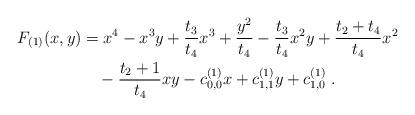
LaTeX: \begin{align*}\begin{aligned}F_{(1)}(x,y)&=x^4-x^3y+\frac{t_3}{t_4}x^3+\frac{y^2}{t_4}-\frac{t_3}{t_4}x^2y+\frac{t_2+t_4}{t_4}x^2\\&\quad-\frac{t_2+1}{t_4}xy-c^{(1)}_{0,0}x+ c^{(1)}_{1,1}y+c^{(1)}_{1,0}\ .\end{aligned}\end{align*}